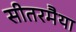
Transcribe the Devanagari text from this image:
सीतरमैया